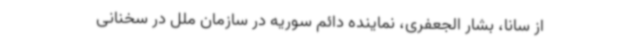
از سانا، بشار الجعفری، نماینده دائم سوریه در سازمان ملل در سخنانی